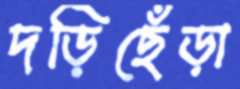
দড়িছেঁড়া